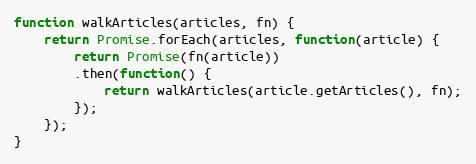
Language: JavaScript
function walkArticles(articles, fn) {
    return Promise.forEach(articles, function(article) {
        return Promise(fn(article))
        .then(function() {
            return walkArticles(article.getArticles(), fn);
        });
    });
}